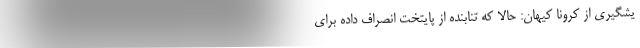
یشگیری از کرونا کیهان: حالا که تنابنده از پایتخت انصراف داده برای